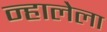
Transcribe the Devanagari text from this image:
न्हालेला